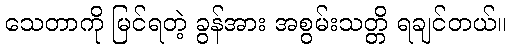
သေတာကို မြင်ရတဲ့ ခွန်အား အစွမ်းသတ္တိ ရချင်တယ်။